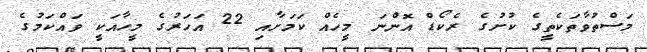
މަސްތުވާތަކެތީގެ ކުށުގެ ރެކޯޑް އޮންނަ މީހެއް ކަމަށާއި 22 އަހަރުގެ މީހާއަކީ ވައްކަމުގެ